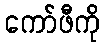
ကော်ဖီကို